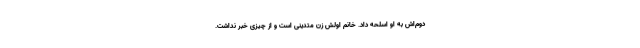
دوم‌اش به او اسلحه داد. خانم اولش‌ زن متدینی است و از چیزی خبر نداشت.